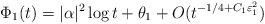
LaTeX: \begin{align*}\Phi_1 (t) &= |\alpha|^2 \log t + \theta_1 + O(t^{-1/4 + C_1 \varepsilon^2_1})\end{align*}